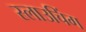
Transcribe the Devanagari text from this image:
स्लाउचिंग